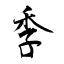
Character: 季